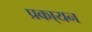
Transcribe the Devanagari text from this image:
प्रका्यन